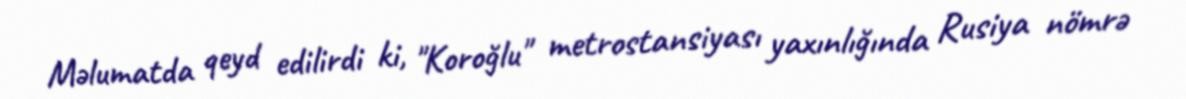
Məlumatda qeyd edilirdi ki, "Koroğlu" metrostansiyası yaxınlığında Rusiya nömrə